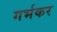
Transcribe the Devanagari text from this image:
गर्भकर